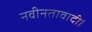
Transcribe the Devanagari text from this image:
नवीनतावादी।